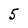
Character: 5